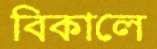
বিকালে